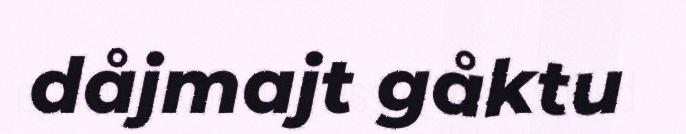
dåjmajt gåktu